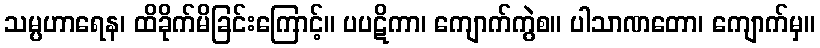
သမ္ပဟာရေန၊ ထိခိုက်မိခြင်းကြောင့်။ ပပဋိကာ၊ ကျောက်ကွဲစ။ ပါသာဏတော၊ ကျောက်မှ။